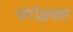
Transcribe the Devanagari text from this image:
चंगीझनंतर